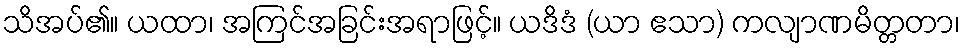
သိအပ်၏။ ယထာ၊ အကြင်အခြင်းအရာဖြင့်။ ယဒိဒံ (ယာ ဧသာ) ကလျာဏမိတ္တတာ၊